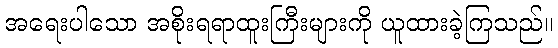
အရေးပါသော အစိုးရရာထူးကြီးများကို ယူထားခဲ့ကြသည်။